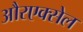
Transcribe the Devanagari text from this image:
औरएक्सेल